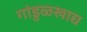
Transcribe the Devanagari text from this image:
गांडुळखाद्य